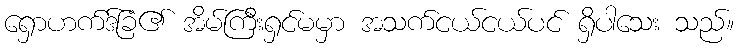
ရှောဟက်ဒ်ခြံ၏ အိမ်ကြီးရှင်မမှာ အသက်ငယ်ငယ်ပင် ရှိပါသေး သည်။